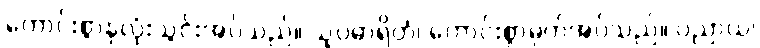
ကောင်းစွာနှလုံးသွင်းအပ်သည်။ သူပဓာရိတံ၊ ကောင်းစွာမှတ်အပ်သည်။ ပညာယ၊